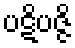
ပဋိပဇ္ဇိ